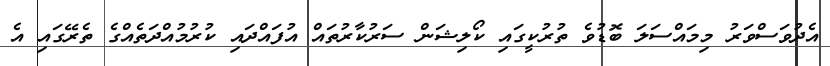
އެދުވަސްވަރު މިމައްސަލަ ބޮޑުވެ ތުރުކީގައި ކޯލިޝަން ސަރުކާރުތައް އުފައްދައި ކުރުމުއްދަތެއްގެ ތެރޭގައި އެ